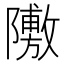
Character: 𲉣